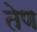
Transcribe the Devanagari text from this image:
तेण